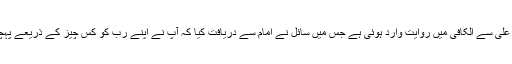
امام علیؑ سے الکافی میں روایت وارد ہوئی ہے جس میں سائل نے امامؑ سے دریافت کیا کہ آپ نے اپنے ربّ کو کس چیز کے ذریعے پہچانا؟